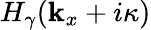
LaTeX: H_{\gamma}(\mathbf{k}_{x}+i\kappa)